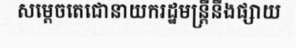
សម្តេចតេជោនាយករដ្ឋមន្ត្រីនឹងផ្សាយ